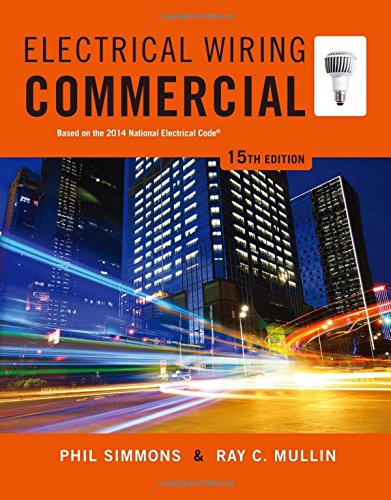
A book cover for Electrical Wiring Commercial; Phil Simmons; Engineering & Transportation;